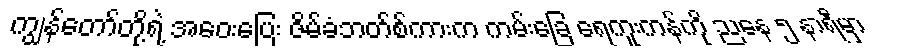
ကျွန်တော်တို့ရဲ့ အဝေးပြေး ဇိမ်ခံဘတ်စ်ကားက ကမ်းခြေ ရေကူးကန်ကို ညနေ ၅ နာရီမှာ